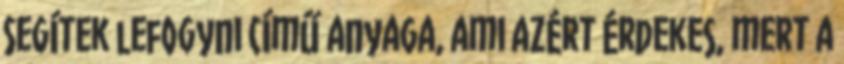
Segítek lefogyni című anyaga, ami azért érdekes, mert a